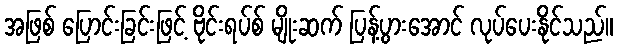
အဖြစ် ပြောင်းခြင်းဖြင့် ဗိုင်းရပ်စ် မျိုးဆက် ပြန့်ပွားအောင် လုပ်ပေးနိုင်သည်။